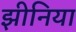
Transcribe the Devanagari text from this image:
झीनिया